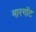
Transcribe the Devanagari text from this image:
मारगॉट